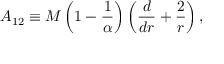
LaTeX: A _ { 1 2 } \equiv M \left( 1 - { \frac { 1 } { \alpha } } \right) \left( { \frac { d } { d r } } + { \frac { 2 } { r } } \right) ,